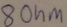
Text: 8Ohm